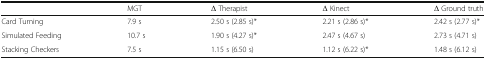
|  | MGT | Δ Therapist | Δ Kinect | Δ Ground truth |
 | --- | --- | --- | --- | --- |
 | Card Turning | 7.9 s | 2.50 s (2.85 s)* | 2.21 s (2.86 s)* | 2.42 s (2.77 s)* |
 | Simulated Feeding | 10.7 s | 1.90 s (4.27 s)* | 2.47 s (4.67 s) | 2.73 s (4.71 s) |
 | Stacking Checkers | 7.5 s | 1.15 s (6.50 s) | 1.12 s (6.22 s)* | 1.48 s (6.12 s) |